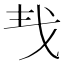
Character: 𢦒